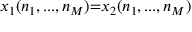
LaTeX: x _ { 1 } ( n _ { 1 } , . . . , n _ { M } ) { = } x _ { 2 } ( n _ { 1 } , . . . , n _ { M } )